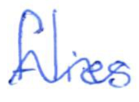
Text: flies
Cross-out: wave
Writing tool: ballpoint